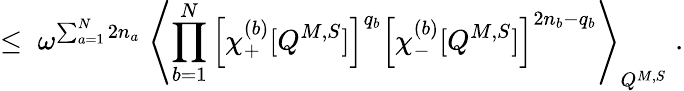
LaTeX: \leq\; \omega^{\sum_{a=1}^{N}2n_{a}}\; \left\langle\prod_{b=1}^{N}\left[\chi_{+}^{(b)}[Q^{M,S}]\right]^{q_{b}}\left[\chi_{-}^{(b)}[Q^{M,S}]\right]^{2n_{b}-q_{b}}\right\rangle_{Q^{M,S}}\; .